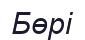
Бөрі